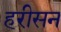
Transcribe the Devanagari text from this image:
हरीसन